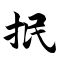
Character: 抿